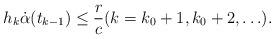
LaTeX: \begin{align*} h_k \dot{\alpha}(t_{k-1}) \le \frac{r}{c} (k=k_0+1, k_0+2, \ldots). \end{align*}